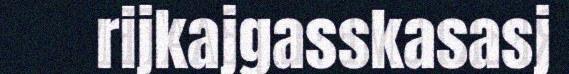
rijkajgasskasasj